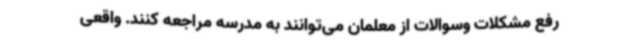
رفع مشکلات وسوالات از معلمان می‌توانند به مدرسه مراجعه کنند. واقعی